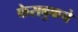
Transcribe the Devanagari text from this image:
फेसबुकचे